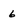
Character: 6